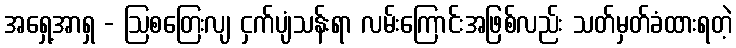
အရှေ့အာရှ - ဩစတြေးလျ ငှက်ပျံသန်းရာ လမ်းကြောင်းအဖြစ်လည်း သတ်မှတ်ခံထားရတဲ့